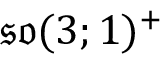
{ \mathfrak { s o } } ( 3 ; 1 ) ^ { + }